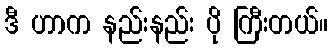
ဒီ ဟာက နည်းနည်း ပို ကြီးတယ်။